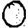
Digit: 0